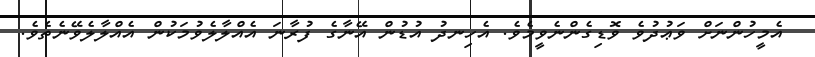
އެމީހުންނަށް ވަޢުދުވެ ވޮޑިގެންނެވީމެވެ. އެހިނދު އުޑުން އޭނާގެ ފުރާނަ އެއްލާލެވުމަކުން އެއްލާލެވޭނެތެވެ.